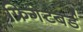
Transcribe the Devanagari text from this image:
फ्रिगेटबर्ड